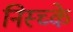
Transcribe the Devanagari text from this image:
निस्च्के